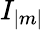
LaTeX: I_{|m|}